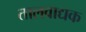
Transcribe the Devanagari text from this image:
तालवाद्यक